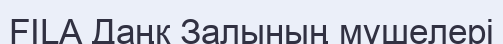
FILA Даңқ Залының мүшелері